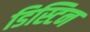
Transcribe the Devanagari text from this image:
डिस्टिन